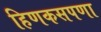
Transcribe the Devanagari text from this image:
हिणकसपणा